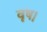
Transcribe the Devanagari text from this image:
वृष।